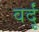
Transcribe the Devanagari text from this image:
वर्दूं